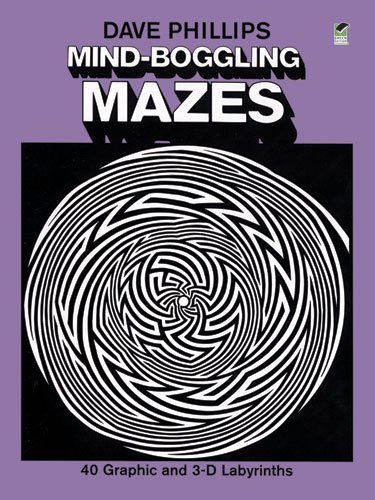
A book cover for Mind-Boggling Mazes (Dover Children's Activity Books); Dave Phillips; Humor & Entertainment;